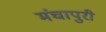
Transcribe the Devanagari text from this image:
मंचापुरी